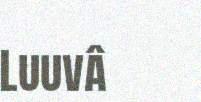
Luuvâ